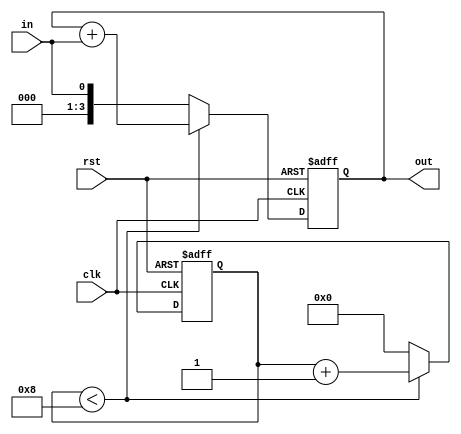
module shift_adder #(
    parameter kernal = 3
)
(
    input clk,
    input rst,
    input in,
    output reg [3:0] out
);

reg [3:0] cntr;

always@(posedge clk or posedge rst) begin
    if (rst) begin
        out = 0;
        cntr = 0;
    end
    else begin
        if (cntr < kernal*kernal-1) begin
            cntr = cntr + 1;
            out = out + in;
        end
        else begin
            cntr = 0;
            out = in;
        end        
    end
end

endmodule